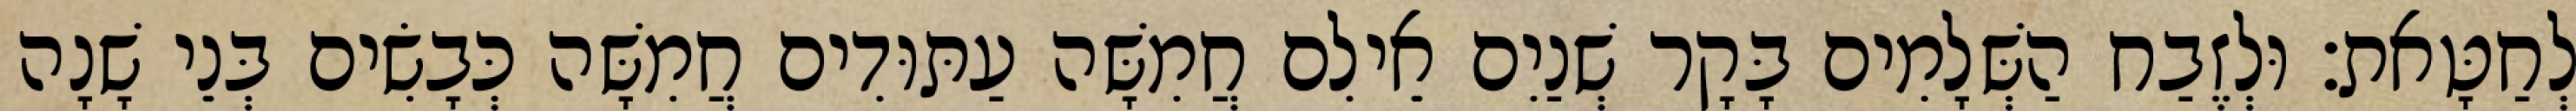
לְחַטָּאת׃ וּלְזֶבַח הַשְּׁלָמִים בָּקָר שְׁנַיִם אֵילִם חֲמִשָּׁה עַתּוּדִים חֲמִשָּׁה כְּבָשִׂים בְּנֵי שָׁנָה